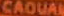
CAOUAI